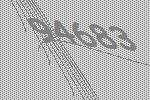
94683